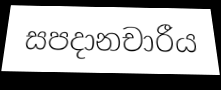
සපදානචාරීය